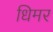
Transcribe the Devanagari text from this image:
धिमर